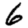
Digit: 6